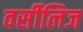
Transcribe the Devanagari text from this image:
वर्सीलिज